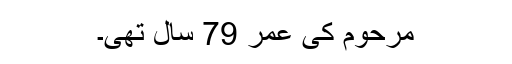
مرحوم کی عمر 79 سال تھی۔